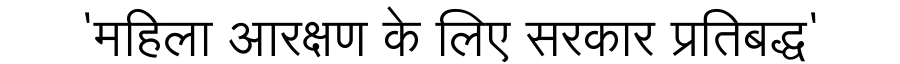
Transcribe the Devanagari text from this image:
'महिला आरक्षण के लिए सरकार प्रतिबद्ध'